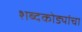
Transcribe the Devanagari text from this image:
शब्दकोड्यांचा